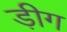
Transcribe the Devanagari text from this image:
ड़ीग